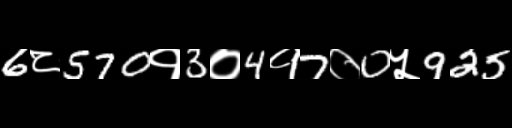
Text: 6८570१3०4१7०0५925